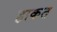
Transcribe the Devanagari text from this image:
हाकत